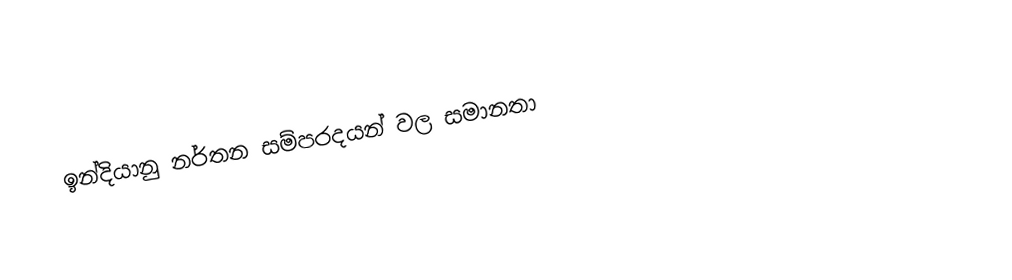
ඉන්දියානු නර්තන සම්පරදයන් වල සමානතා